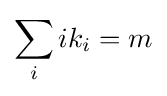
\sum _{i}ik_{i}=m